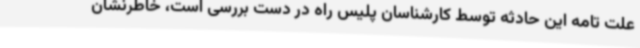
علت تامه این حادثه توسط کارشناسان پلیس راه در دست بررسی است، خاطرنشان